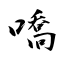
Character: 嘺